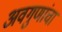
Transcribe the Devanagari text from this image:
अवगुणांचा